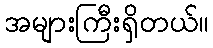
အများကြီးရှိတယ်။